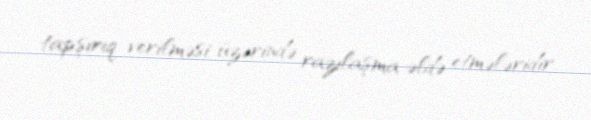
tapşırıq verilməsi üzərində razılaşma əldə etmələridir.